Mental hospitals Bombay report 1929-33 - 1929-1933
Year: 1929
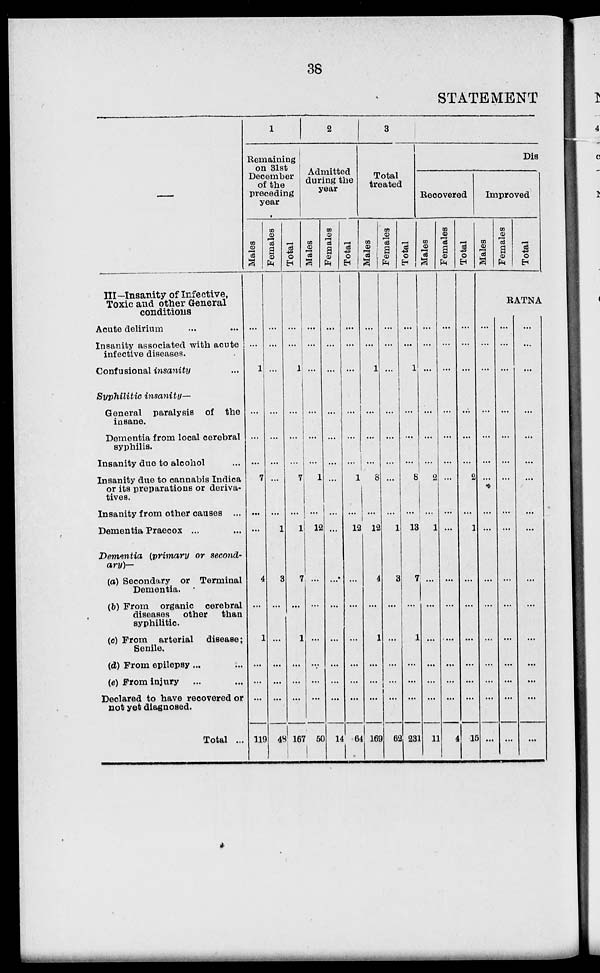
38
STATEMENT
—
III-Insanity of Infective,
Toxic and other General
conditions
Acute delirium ... ...
Insanity associated with acute
infective diseases.
Confusional insanity ...
Syphilitic insanity—
General paralysis of the
insane.
Dementia from local cerebral
syphilis.
Insanity due to alcohol ...
Insanity due to cannabis Indica
or its preparations or deriva-
tives.
Insanity from other causes ...
Dementia Praecox ... ...
Dementia (primary or second-
ary)—
(a) Secondary or Terminal
Dementia.
(b) From organic cerebral
diseases other
than
syphilitic.
(c) From arterial disease;
Senile.
(d) From epilepsy ... ...
(e) From injury ... ...
Declared to have recovered or
not yet diagnosed.
Total ...
1
Remaining
on 31st
December
of the
preceding
year
Males
...
...
1
...
...
...
7
...
...
4
...
1
...
...
...
119
Females
...
...
...
...
...
...
...
...
1
3
...
...
...
...
...
48
Total
...
...
1
...
...
...
7
...
1
7
...
1
...
...
...
167
2
Admitted
during the
year
Males
...
...
...
...
...
...
1
...
12
...
...
...
...
...
...
50
Females
...
...
...
...
...
...
...
...
...
...
...
...
...
...
...
14
Total
...
...
...
...
...
...
1
...
12
...
...
...
...
...
...
64
3
Total
treated
Males
...
...
1
...
...
...
8
...
12
4
...
1
...
...
...
169
Females
...
...
...
...
...
...
...
...
1
3
...
...
...
...
...
62
Total
...
...
1
...
...
...
8
...
13
7
...
1
...
...
...
231
Dis
Recovered
Males
...
...
...
...
...
...
2
...
1
...
...
...
...
...
...
11
Females
...
...
...
...
...
...
...
...
...
...
...
...
...
...
...
4
Total
...
...
...
...
...
...
2
...
1
...
...
...
...
...
...
15
Improved
Males
Females
Total
RATNA
...
...
...
...
...
...
...
...
...
...
...
...
...
...
...
...
...
...
...
...
...
...
...
...
...
...
...
...
...
...
...
...
...
...
...
...
...
...
...
...
...
...
...
...
...
...
...
...